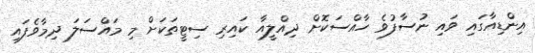
އިންޑިއާގައި ވައި ނުސާފުވެ ހާއްސަކޮށް ދިއްލީއާ ކައިރި ސިޓީތަކަށް މި މައްސަލަ ދިމާވެފައި